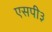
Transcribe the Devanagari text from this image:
एसपी३